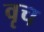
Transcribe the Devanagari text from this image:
वृच